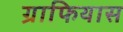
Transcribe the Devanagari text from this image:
ग्राफियास